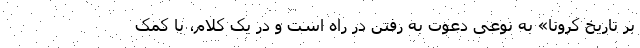
بر تاریخ کرونا» به نوعی دعوت به رفتن در راه است و در یک کلام، با کمک